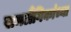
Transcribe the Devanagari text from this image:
समलैंगिकांच्या